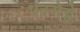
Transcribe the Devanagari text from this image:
परगेहे